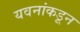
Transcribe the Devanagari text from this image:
यवनांकडून